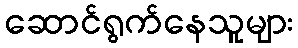
ဆောင်ရွက်နေသူများ